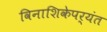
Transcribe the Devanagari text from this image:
विनाशिकेपर्यंत